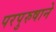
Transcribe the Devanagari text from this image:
परपुरुषाने